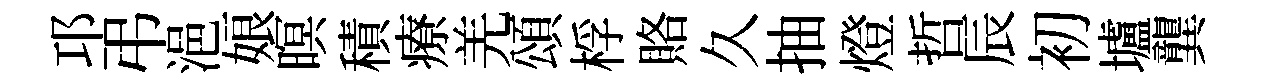
邛弔浥娘暝積療羌頌桴賂久抽燈哲辰初壚龔